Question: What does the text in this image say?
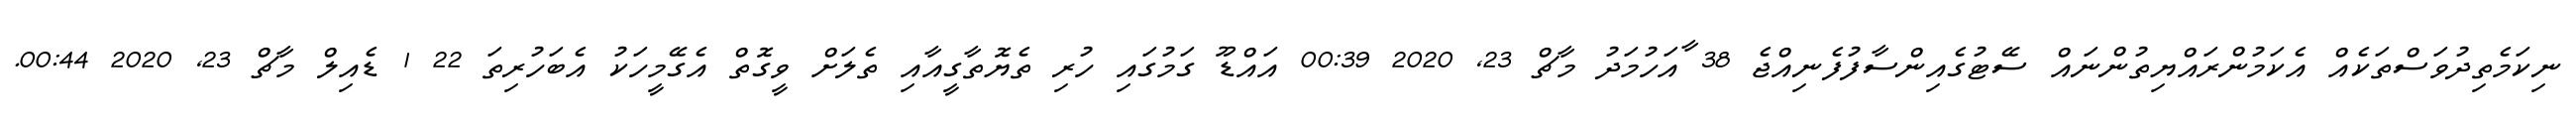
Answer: ނިކަމެތިދުވަސްތަކެއް އެކަމުންރައްޔިތުންނައް ސޭޓުގެއިންސާފުފެނިއްޖެ 38 ާއަހުމަދު މާޗް 23, 2020 00:39 އައްޑޫ ގަމުގައި ހުރި ތެޔޮތާގީއާއި ތެލަށް ވީގޮތް އެގޭމީހަކު އެބަހުރިތަ 22 1 ޑެއިލް މާޗް 23, 2020 00:44.